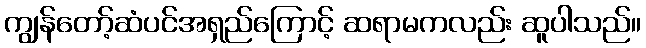
ကျွန်တော့်ဆံပင်အရှည်ကြောင့် ဆရာမကလည်း ဆူပါသည်။